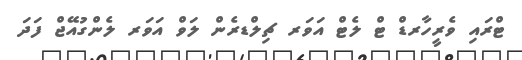
ޓްރައި ވެރީހާރޑް ޓް ލެޓް އަވަރ ޗިލްޑރެން ލަވް އަވަރ ލެންގުއޭޖް ފަދަ